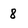
Character: 8